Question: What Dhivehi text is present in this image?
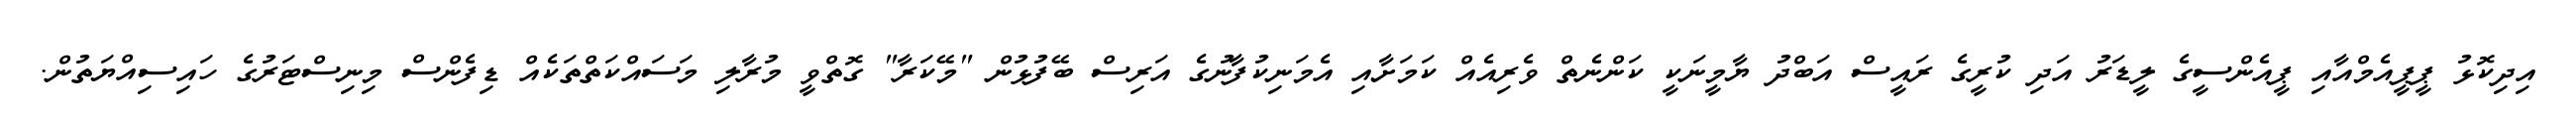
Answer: އިދިކޮޅު ޕީޕީއެމްއާއި ޕީއެންސީގެ ލީޑަރު އަދި ކުރީގެ ރައީސް އަބްދު ޔާމީނަކީ ކަންނެތް ވެރިއެއް ކަމަށާއި އެމަނިކުފާނުގެ އަރިސް ބޭފުޅުން "މޭކަރާ" ގޮތްވީ މުރާލި މަސައްކަތްތަކެއް ޑިފެންސް މިނިސްޓަރުގެ ހައިސިއްޔަތުން.